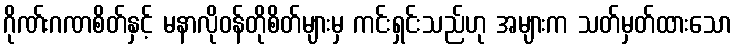
ဂိုဏ်းဂဏစိတ်နှင့် မနာလိုဝန်တိုစိတ်များမှ ကင်းရှင်းသည်ဟု အများက သတ်မှတ်ထားသော